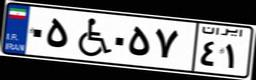
۷۲W۱۶۰۴۸